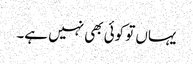
یہاں تو کوئی بھی نہیں ہے۔